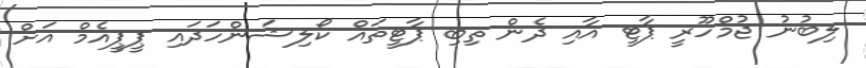
ލިބުނު ޖުމްހޫރީ ޕާޓީ އާއި ދެން ތިބި ޕާޓީތައް ކޯލިޝަންހަދައި ޕީޕީއެމް އަށް